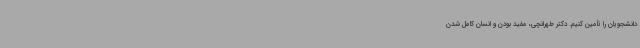
دانشجویان را تأمین کنیم. دکتر طهرانچی، مفید بودن و انسان کامل شدن